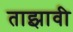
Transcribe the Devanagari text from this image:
ताझावी